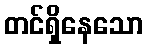
တင်ရှိနေသော